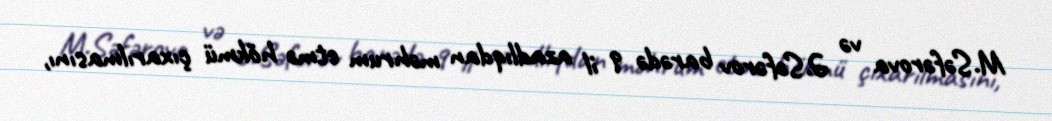
M.Səfərova və Ə.Səfərov barədə 9 il azadlıqdan məhrum etmə hökmü çıxarılmasını,